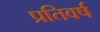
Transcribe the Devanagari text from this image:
प्रतिवर्ष